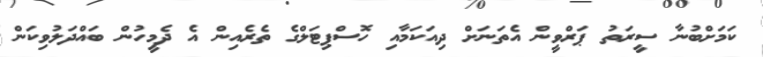
ކަމަށްބުނާ ސީރަތު ޕަރްވީން އެތަނަށް ދިއަކަމާއި ހޮސްޕިޓަލްގެ ތެރެއިން އެ ދެމީހުން ބައްދަލުވިކަން